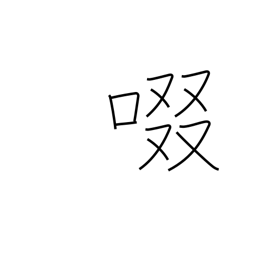
Meaning: suck